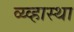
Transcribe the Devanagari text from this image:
व्य्व्हास्था